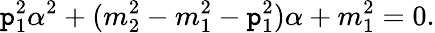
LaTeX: \mathtt{p}_{1}^{2}\alpha^{2}+(m_{2}^{2}-m_{1}^{2}-\mathtt{p}_{1}^{2})\alpha+m_{1}^{2}=0.